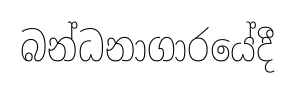
බන්ධනාගාරයේදී